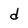
Character: d